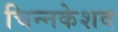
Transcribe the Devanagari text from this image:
चिन्नकेशव